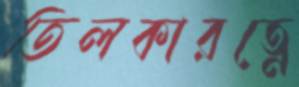
তিলকারত্নে